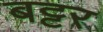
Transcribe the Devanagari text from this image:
बट्टर